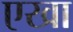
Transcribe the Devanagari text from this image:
एखा